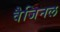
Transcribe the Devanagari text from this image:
वैजिनल